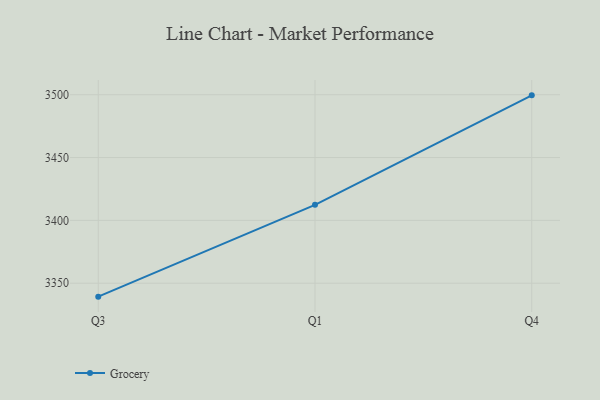
{"axis": {"x": "Quarter", "y": "Humidity (%)"}, "legend": ["Grocery"], "data": [{"x": "Q3", "y": 3339.3, "type": "Grocery"}, {"x": "Q1", "y": 3412.4, "type": "Grocery"}, {"x": "Q4", "y": 3499.5, "type": "Grocery"}]}